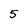
Character: 5